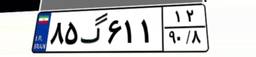
۸۵گ۶۱۱۱۲